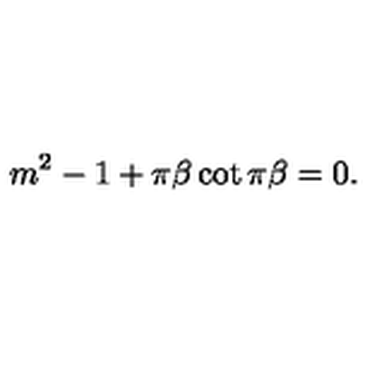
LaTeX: m ^ { 2 } - 1 + \pi \beta \cot \pi \beta = 0 .